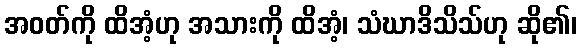
အဝတ်ကို ထိအံ့ဟု အသားကို ထိအံ့၊ သံဃာဒိသိသ်ဟု ဆို၏၊